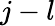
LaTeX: j-l